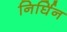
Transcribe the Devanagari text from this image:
निर्घिन